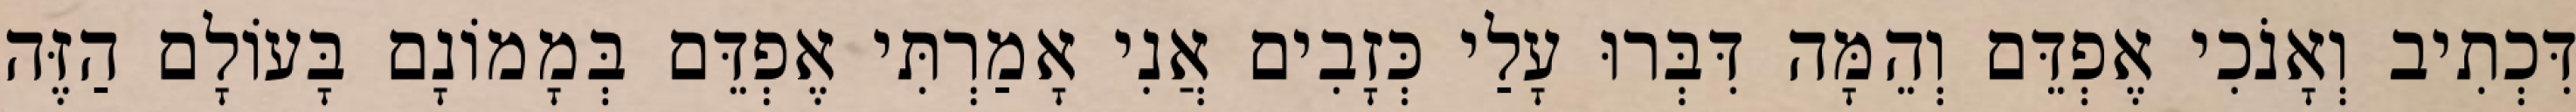
דִּכְתִיב וְאָנֹכִי אֶפְדֵּם וְהֵמָּה דִּבְּרוּ עָלַי כְּזָבִים אֲנִי אָמַרְתִּי אֶפְדֵּם בְּמָמוֹנָם בָּעוֹלָם הַזֶּה